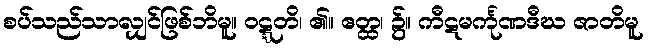
စပ်သည်သာလျှင်ဖြစ်ဘိမူ။ ဝဋ္ဋတိ၊ ၏။ ဧတ္ထ၊ ၌။ ကီဋမင်္ကုဏဒီဃ ဇာတိမူ